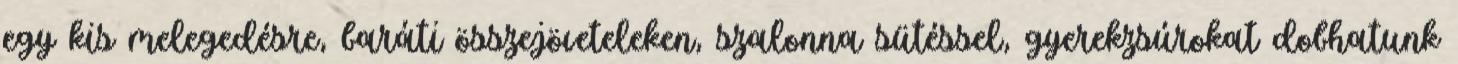
egy kis melegedésre, baráti összejöveteleken, szalonna sütéssel, gyerekzsúrokat dobhatunk